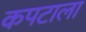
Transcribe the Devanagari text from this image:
कपटाला